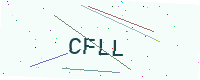
Text: CFLL